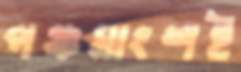
পঞ্চমাংশই